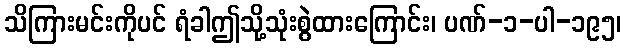
သိကြားမင်းကိုပင် ရံခါဤသို့သုံးစွဲထားကြောင်း၊ ပဏ်-၁-ပါ-၁၉၅၊